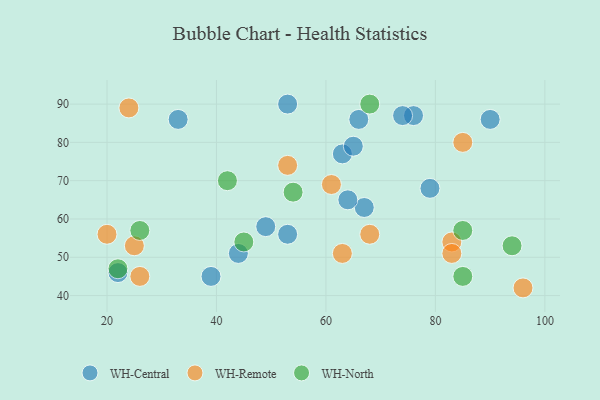
{"axis": {"x": "GDP", "y": "Life Expectancy"}, "legend": ["WH-Central", "WH-North", "WH-Remote"], "data": [{"x": "90", "y": 86, "type": "WH-Central"}, {"x": "33", "y": 86, "type": "WH-Central"}, {"x": "49", "y": 58, "type": "WH-Central"}, {"x": "39", "y": 45, "type": "WH-Central"}, {"x": "76", "y": 87, "type": "WH-Central"}, {"x": "44", "y": 51, "type": "WH-Central"}, {"x": "63", "y": 77, "type": "WH-Central"}, {"x": "66", "y": 86, "type": "WH-Central"}, {"x": "22", "y": 46, "type": "WH-Central"}, {"x": "67", "y": 63, "type": "WH-Central"}, {"x": "74", "y": 87, "type": "WH-Central"}, {"x": "53", "y": 90, "type": "WH-Central"}, {"x": "79", "y": 68, "type": "WH-Central"}, {"x": "53", "y": 56, "type": "WH-Central"}, {"x": "64", "y": 65, "type": "WH-Central"}, {"x": "65", "y": 79, "type": "WH-Central"}, {"x": "85", "y": 80, "type": "WH-Remote"}, {"x": "83", "y": 54, "type": "WH-Remote"}, {"x": "96", "y": 42, "type": "WH-Remote"}, {"x": "24", "y": 89, "type": "WH-Remote"}, {"x": "20", "y": 56, "type": "WH-Remote"}, {"x": "26", "y": 45, "type": "WH-Remote"}, {"x": "83", "y": 51, "type": "WH-Remote"}, {"x": "63", "y": 51, "type": "WH-Remote"}, {"x": "61", "y": 69, "type": "WH-Remote"}, {"x": "53", "y": 74, "type": "WH-Remote"}, {"x": "25", "y": 53, "type": "WH-Remote"}, {"x": "68", "y": 56, "type": "WH-Remote"}, {"x": "54", "y": 67, "type": "WH-North"}, {"x": "45", "y": 54, "type": "WH-North"}, {"x": "26", "y": 57, "type": "WH-North"}, {"x": "85", "y": 57, "type": "WH-North"}, {"x": "85", "y": 45, "type": "WH-North"}, {"x": "42", "y": 70, "type": "WH-North"}, {"x": "22", "y": 47, "type": "WH-North"}, {"x": "68", "y": 90, "type": "WH-North"}, {"x": "94", "y": 53, "type": "WH-North"}]}